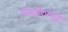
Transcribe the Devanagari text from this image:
निर्माणप्रवाह